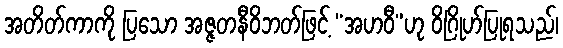
အတိတ်ကာကို ပြသော အဇ္ဇတနီဝိဘတ်ဖြင့် “အဟဝီ”ဟု ဝိဂြိုဟ်ပြုရသည်၊